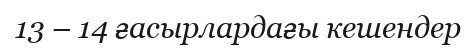
13 – 14 ғасырлардағы кешендер